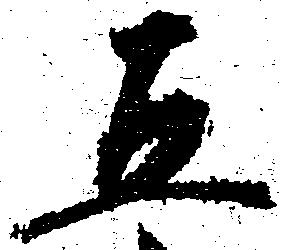
五